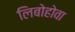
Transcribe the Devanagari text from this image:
लिबोहोवा